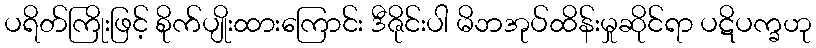
ပရိတ်ကြိုးဖြင့် စိုက်ပျိုးထားကြောင်း ဒီဇိုင်းပါ မိဘအုပ်ထိန်းမှုဆိုင်ရာ ပဋိပက္ခဟု